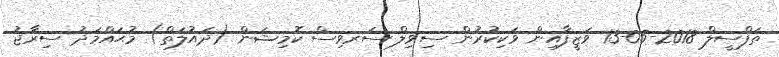
ތަފްސީލް 2018-05-13 ވަޒީފާއިން ވަކިކުރުން ސިވިލް ސަރވިސް ކޮމިޝަން (ދައުލަތް) މުޙައްމަދު ސިރާޖު